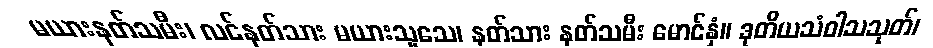
မယားနတ်သမီး၊ လင်နတ်သား မယားသူသေ၊ နတ်သား နတ်သမီး မောင်နှံ။ ဒုတိယသံဝါသသုတ်၊